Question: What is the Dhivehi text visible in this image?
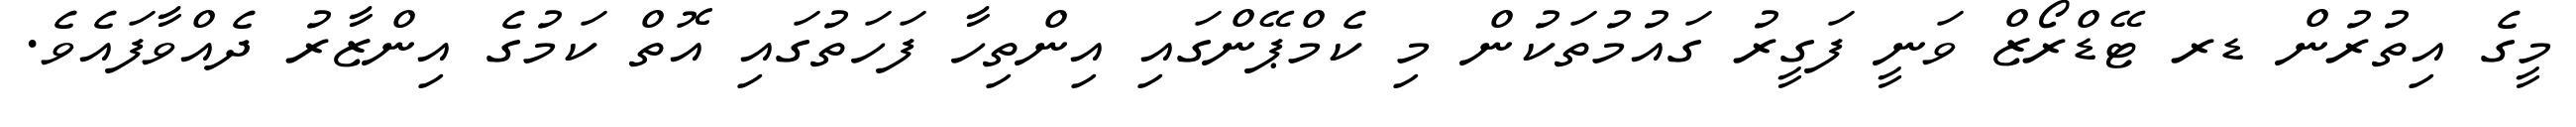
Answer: މީގެ އިތުރުން ޑރ ޓޭޑްރޯޒް ވަނީ ފަގީރު ގައުމުތަކުން މި ކެމްޕޭންގައި އިންތިހާ ފަހަތުގައި އޮތް ކަމުގެ އިންޒާރު ދެއްވާފައެވެ.